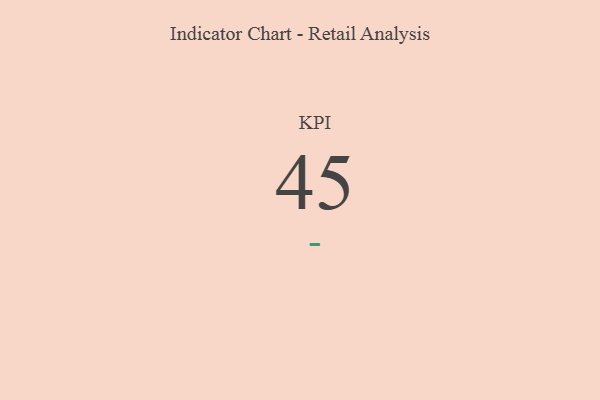
{"axis": {"x": "KPI", "y": "Value"}, "legend": [""], "data": [{"x": "KPI", "y": 45, "type": ""}]}